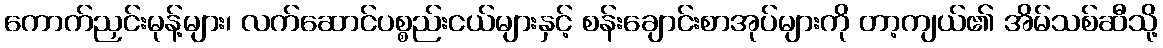
ကောက်ညှင်းမုန့်များ၊ လက်ဆောင်ပစ္စည်းငယ်များနှင့် စန်းချောင်းစာအုပ်များကို တာ့ကျယ်၏ အိမ်သစ်ဆီသို့